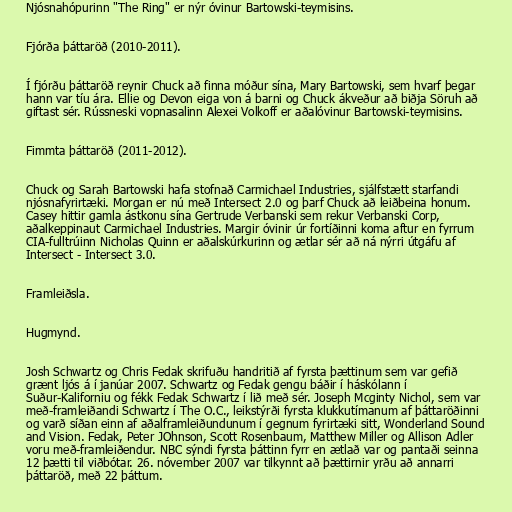
Njósnahópurinn "The Ring" er nýr óvinur Bartowski-teymisins.

Fjórða þáttaröð (2010-2011).

Í fjórðu þáttaröð reynir Chuck að finna móður sína, Mary Bartowski, sem hvarf þegar
hann var tíu ára. Ellie og Devon eiga von á barni og Chuck ákveður að biðja Söruh að
giftast sér. Rússneski vopnasalinn Alexei Volkoff er aðalóvinur Bartowski-teymisins.

Fimmta þáttaröð (2011-2012).

Chuck og Sarah Bartowski hafa stofnað Carmichael Industries, sjálfstætt starfandi
njósnafyrirtæki. Morgan er nú með Intersect 2.0 og þarf Chuck að leiðbeina honum.
Casey hittir gamla ástkonu sína Gertrude Verbanski sem rekur Verbanski Corp,
aðalkeppinaut Carmichael Industries. Margir óvinir úr fortíðinni koma aftur en fyrrum
CIA-fulltrúinn Nicholas Quinn er aðalskúrkurinn og ætlar sér að ná nýrri útgáfu af
Intersect - Intersect 3.0.

Framleiðsla.

Hugmynd.

Josh Schwartz og Chris Fedak skrifuðu handritið af fyrsta þættinum sem var gefið
grænt ljós á í janúar 2007. Schwartz og Fedak gengu báðir í háskólann í
Suður-Kaliforniu og fékk Fedak Schwartz í lið með sér. Joseph Mcginty Nichol, sem var
með-framleiðandi Schwartz í The O.C., leikstýrði fyrsta klukkutímanum af þáttaröðinni
og varð síðan einn af aðalframleiðundunum í gegnum fyrirtæki sitt, Wonderland Sound
and Vision. Fedak, Peter JOhnson, Scott Rosenbaum, Matthew Miller og Allison Adler
voru með-framleiðendur. NBC sýndi fyrsta þáttinn fyrr en ætlað var og pantaði seinna
12 þætti til viðbótar. 26. nóvember 2007 var tilkynnt að þættirnir yrðu að annarri
þáttaröð, með 22 þáttum.